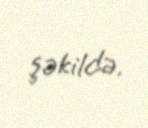
şəkildə.